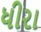
ધીરા